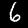
Digit: 6